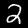
Digit: 2